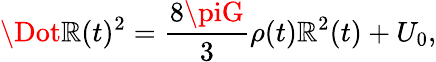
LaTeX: \Dot{\mathbb{R}}(t)^{2}=\frac{{8\piG}}{{3}}\rho(t)\mathbb{R}^{2}(t)+U_{0},